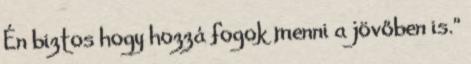
Én biztos hogy hozzá fogok menni a jövőben is.”